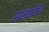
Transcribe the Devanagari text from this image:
साम्वादियों